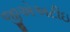
જીએઅટીઇ